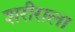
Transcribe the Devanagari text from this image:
शरीराला